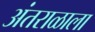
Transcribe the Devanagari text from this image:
अंतराळाला